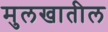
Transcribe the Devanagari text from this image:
मुलखातील